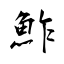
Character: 鮓